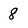
Character: 8